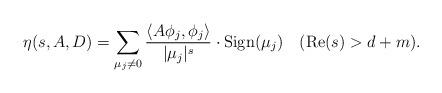
LaTeX: \begin{align*}\eta(s,A,D)=\sum_{\mu_j\neq 0}\frac{\langle A\phi_j,\phi_j\rangle}{|\mu_j|^s}\cdot\mathrm{Sign}(\mu_j)\ \ \ (\mathrm{Re}(s)>d+m).\end{align*}